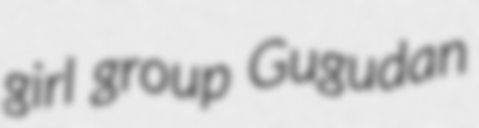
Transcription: girl group Gugudan